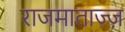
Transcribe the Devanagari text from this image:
राजमाताज्ज़